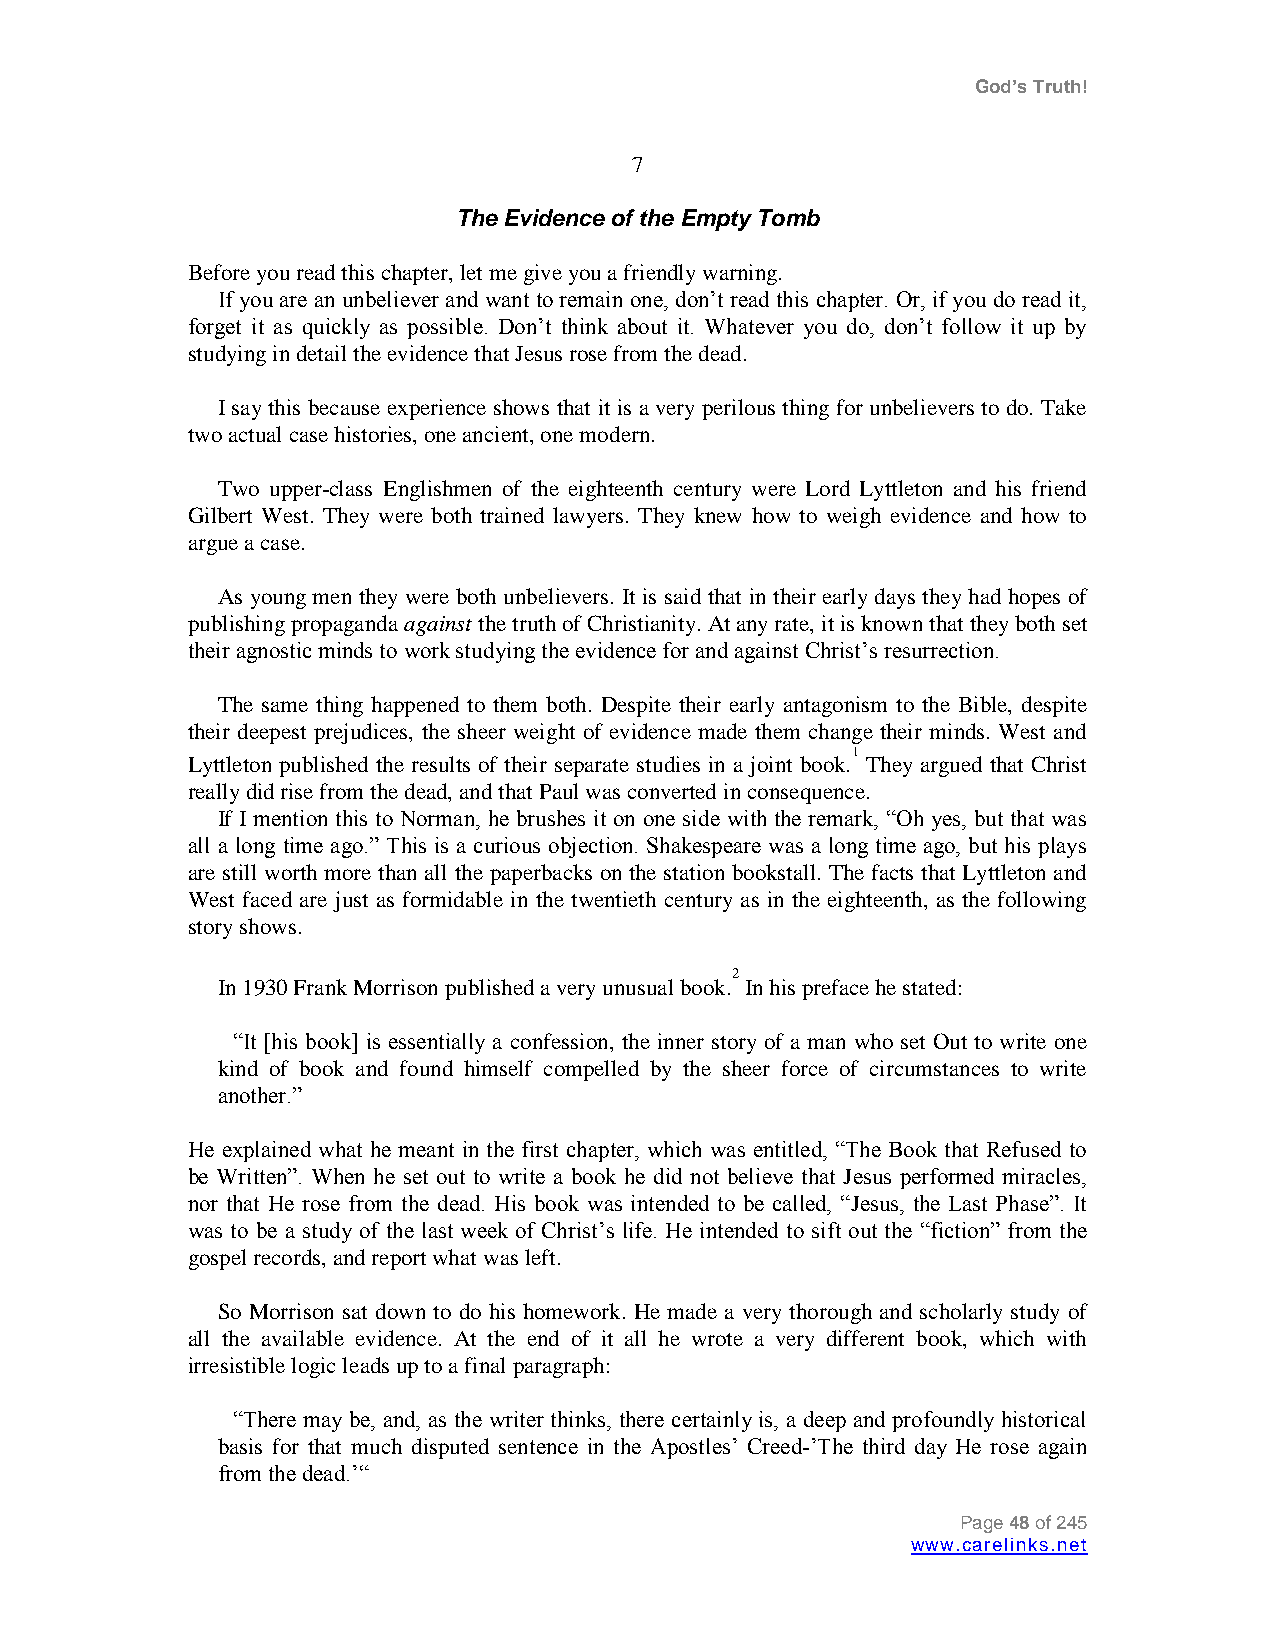
God’s Truth!
 7
 The Evidence of the Empty Tomb
 Before you read this chapter, let me give you a friendly warning.
 If you are an unbeliever and want to remain one, don‟t read this chapter. Or, if you do read it,
 forget it as quickly as possible. Don‟t think about it. Whatever you do, don‟t follow it up by
 studying in detail the evidence that Jesus rose from the dead.
 I say this because experience shows that it is a very perilous thing for unbelievers to do. Take
 two actual case histories, one ancient, one modern.
 Two upper-class Englishmen of the eighteenth century were Lord Lyttleton and his friend
 Gilbert West. They were both trained lawyers. They knew how to weigh evidence and how to
 argue a case.
 As young men they were both unbelievers. It is said that in their early days they had hopes of
 publishing propaganda against the truth of Christianity. At any rate, it is known that they both set
 their agnostic minds to work studying the evidence for and against Christ‟s resurrection.
 The same thing happened to them both. Despite their early antagonism to the Bible, despite
 their deepest prejudices, the sheer weight of evidence made them change their minds. West and
 1
 Lyttleton published the results of their separate studies in a joint book. They argued that Christ
 really did rise from the dead, and that Paul was converted in consequence.
 If I mention this to Norman, he brushes it on one side with the remark, “Oh yes, but that was
 all a long time ago.” This is a curious objection. Shakespeare was a long time ago, but his plays
 are still worth more than all the paperbacks on the station bookstall. The facts that Lyttleton and
 West faced are just as formidable in the twentieth century as in the eighteenth, as the following
 story shows.
 In 1930 Frank Morrison published a very unusual
 book.2
 In his preface he stated:
 “It [his book] is essentially a confession, the inner story of a man who set Out to write one
 kind of book and found himself compelled by the sheer force of circumstances to write
 another.”
 He explained what he meant in the first chapter, which was entitled, “The Book that Refused to
 be Written”. When he set out to write a book he did not believe that Jesus performed miracles,
 nor that He rose from the dead. His book was intended to be called, “Jesus, the Last Phase”. It
 was to be a study of the last week of Christ‟s life. He intended to sift out the “fiction” from the
 gospel records, and report what was left.
 So Morrison sat down to do his homework. He made a very thorough and scholarly study of
 all the available evidence. At the end of it all he wrote a very different book, which with
 irresistible logic leads up to a final paragraph:
 “There may be, and, as the writer thinks, there certainly is, a deep and profoundly historical
 basis for that much disputed sentence in the Apostles‟ Creed-‟The third day He rose again
 from the dead.‟“
 Page 48 of 245
 www.carelinks.net